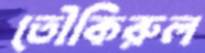
তৌকিরুল